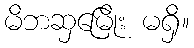
မိဘဆှမြေိုး မရှိ။